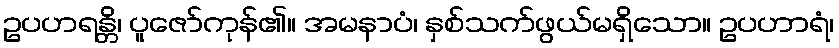
ဥပဟရန္တိ၊ ပူဇော်ကုန်၏။ အမနာပံ၊ နှစ်သက်ဖွယ်မရှိသော။ ဥပဟာရံ၊